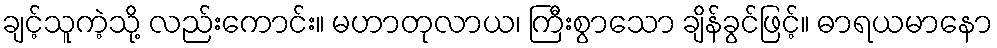
ချင့်သူကဲ့သို့ လည်းကောင်း။ မဟာတုလာယ၊ ကြီးစွာသော ချိန်ခွင်ဖြင့်။ ဓာရယမာနော